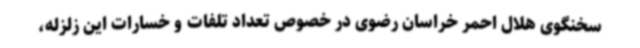
سخنگوی هلال احمر خراسان رضوی در خصوص تعداد تلفات و خسارات این زلزله،